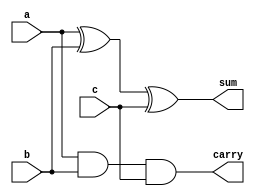
`timescale 1ns / 1ps
//////////////////////////////////////////////////////////////////////////////////
// Company: 
// Engineer: 
// 
// Design Name: 
// Module Name: full_adder
// Project Name: 
// Target Devices: 
// Tool Versions: 
// Description: 
// 
// Dependencies: 
// 
// Revision:
// Revision 0.01 - File Created
// Additional Comments:
// 
//////////////////////////////////////////////////////////////////////////////////


module full_adder(a,b,c,sum,carry);
input a,b,c;
output sum,carry;

assign sum=a^b^c;
assign carry=a&b&c;

endmodule